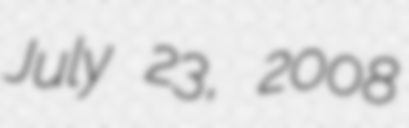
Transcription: July 23, 2008